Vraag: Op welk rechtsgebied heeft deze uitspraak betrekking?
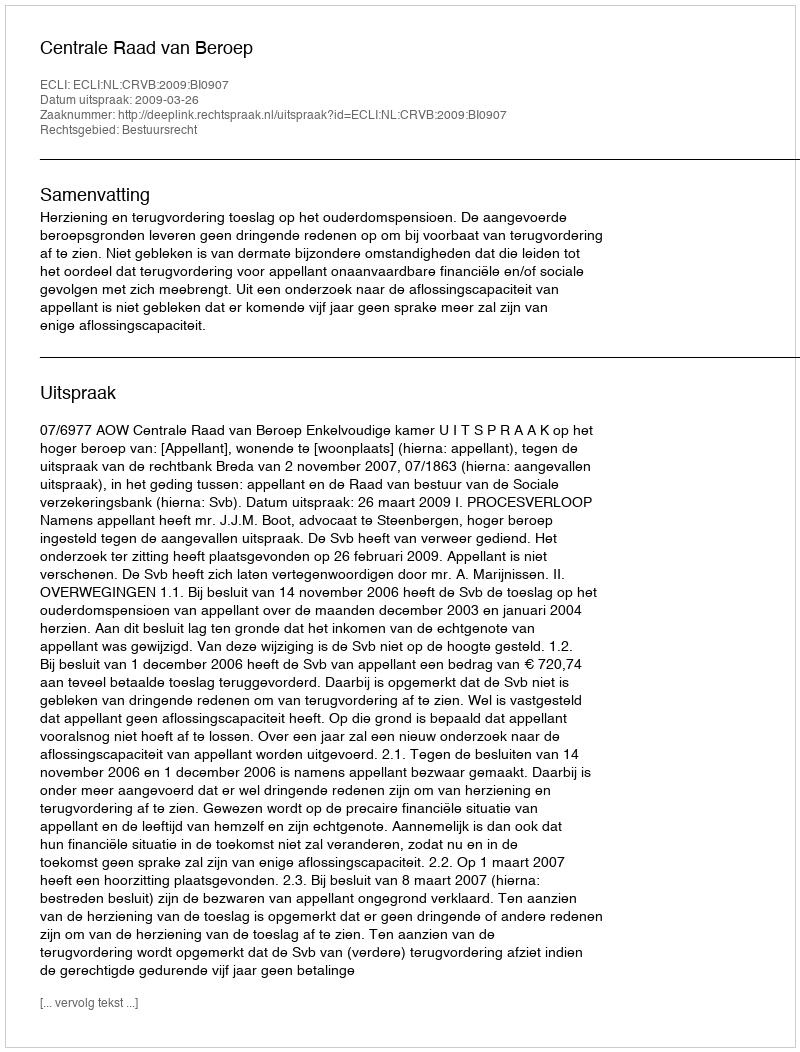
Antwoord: Bestuursrecht